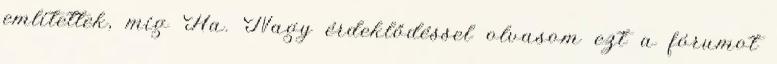
említettek, míg Ha. Nagy érdeklődéssel olvasom ezt a fórumot